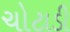
ચોટાડી